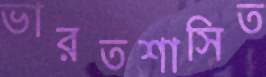
ভারতশাসিত